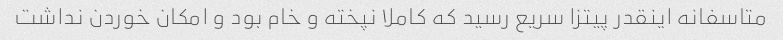
متاسفانه اینقدر پیتزا سریع رسید که کاملا نپخته و خام بود و امکان خوردن نداشت